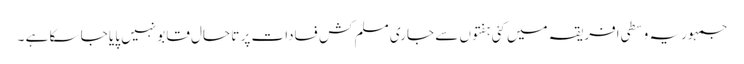
جمہوریہ وسطی افریقہ میں کئی ہفتوں سے جاری مسلم کش فسادات پر تا حال قابو نہیں پایا جا سکا ہے ۔